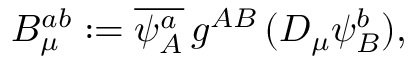
B _ { \mu } ^ { a b } : = \overline { { { \psi _ { A } ^ { a } } } } \, g ^ { A B } \, ( D _ { \mu } \psi _ { B } ^ { b } ) ,